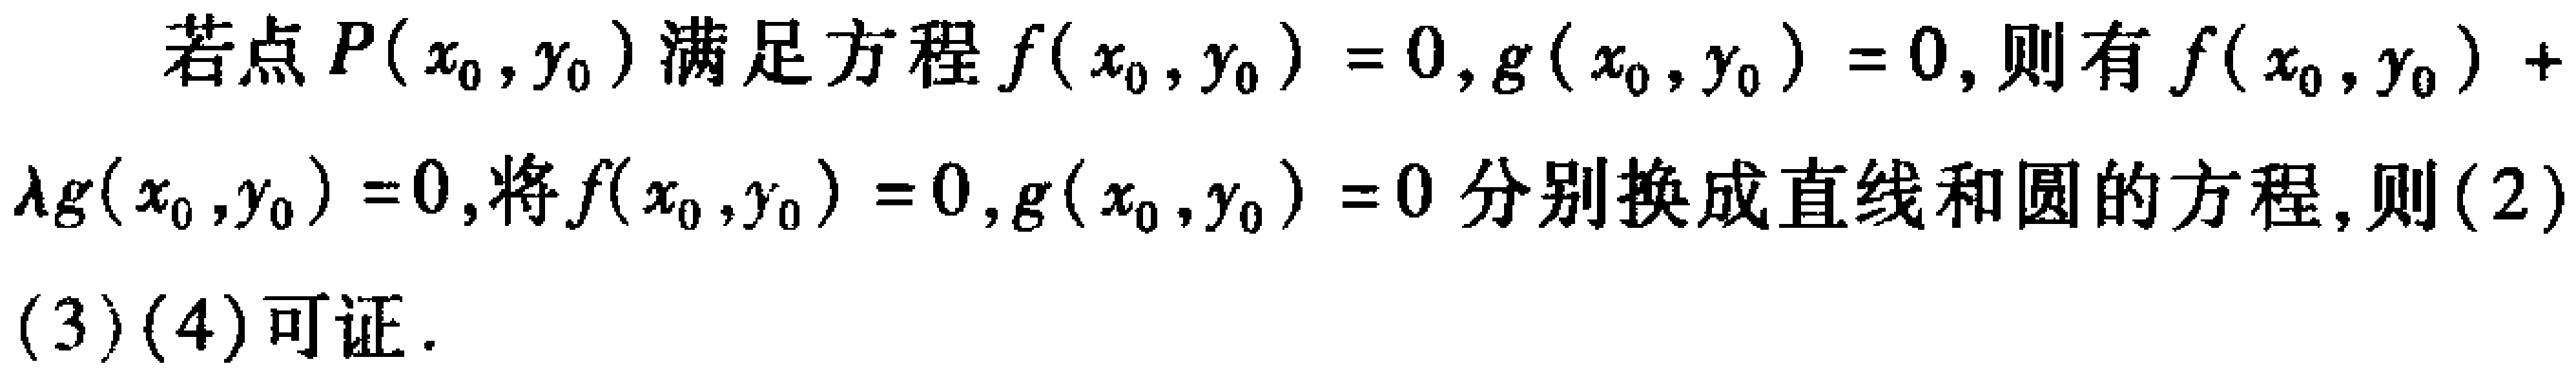
若点\(P(x_{0},y_{0})\)满足方程\(f(x_{0},y_{0}) = 0,g(x_{0},y_{0}) = 0\)，则有\(f(x_{0},y_{0})+\lambda g(x_{0},y_{0}) = 0\)，将\(f(x_{0},y_{0}) = 0,g(x_{0},y_{0}) = 0\)分别换成直线和圆的方程，则\((2)\)
\((3)(4)\)可证.